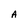
Character: A